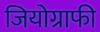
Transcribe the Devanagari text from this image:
जियोग्राफी